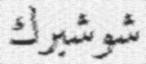
شوشبرك